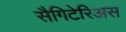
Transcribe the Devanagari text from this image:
सैगिटेरिअस